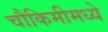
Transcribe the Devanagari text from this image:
चौकिमीमध्ये